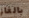
بالغاز